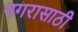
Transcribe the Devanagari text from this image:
नगरासाठी